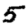
Digit: 5